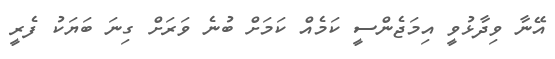
އޭނާ ވިދާޅުވީ އިމަޖެންސީ ކަމެއް ކަމަށް ބުނެ ވަރަށް ގިނަ ބަޔަކު ފެރީ